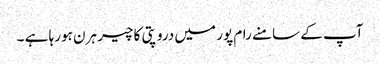
آپ کے سامنے رام پور میں دروپتی کا چیر ہرن ہورہا ہے ۔